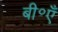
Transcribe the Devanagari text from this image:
बी॰एँ